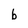
Character: b